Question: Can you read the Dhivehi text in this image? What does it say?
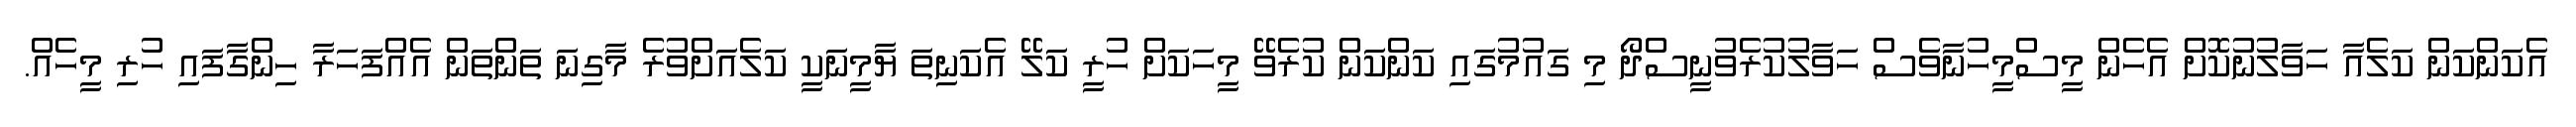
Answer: އެކަންކަން ކަލެއާ ހަވާލުނުކޮށް އެހެން މީސްމީހުނާވެސް ހަވާލުކުރެވުނީސްދޯ މި ގައުމުގައި ކަންކަން ކުރެވޭ މީހަކަށް ހުރީ ކަލޭ އެކަނިތަ ޔާމީނަކީ ކަލެއަށްވުރެ މާގިނަ ތަންތަން އެއްފަހަރާ ހިންގާފައި ހުރި މީހެއް.